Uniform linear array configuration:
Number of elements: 16
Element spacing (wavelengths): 0.5
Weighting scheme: cosine
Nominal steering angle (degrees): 15
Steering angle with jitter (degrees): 14.779
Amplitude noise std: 0.05
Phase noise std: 0.05

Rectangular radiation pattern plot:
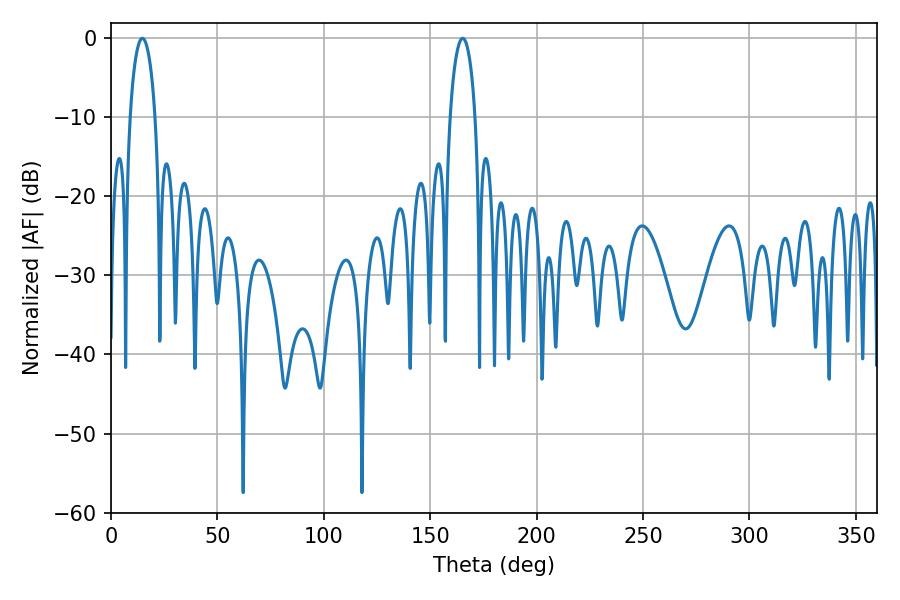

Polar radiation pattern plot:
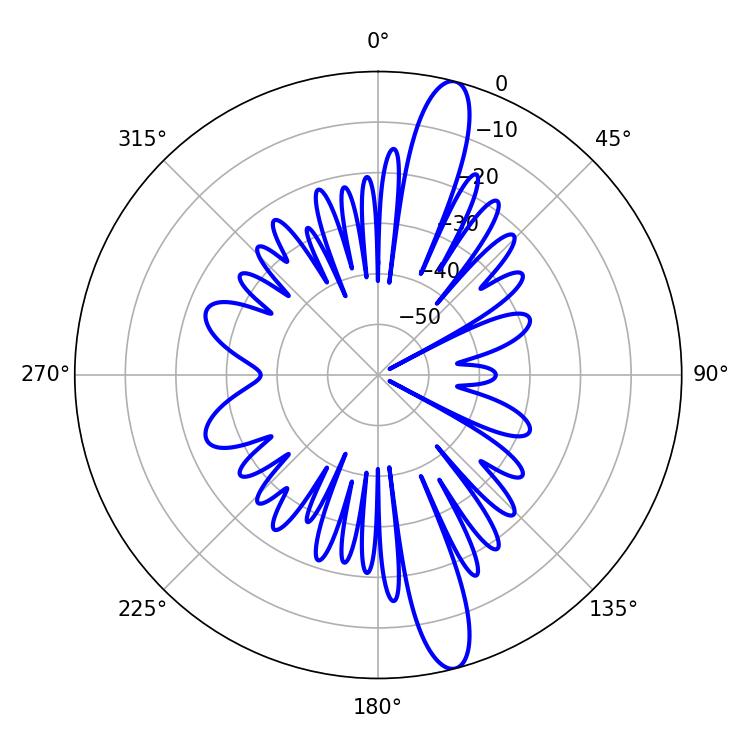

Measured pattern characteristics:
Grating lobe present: FALSE
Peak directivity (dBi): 14.928
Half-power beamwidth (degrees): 6.84
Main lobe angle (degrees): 14.76